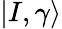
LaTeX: |I,\gamma\rangle